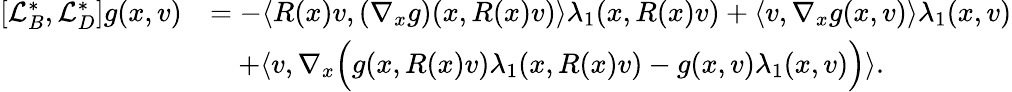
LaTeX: \begin{array}{rl}{[\mathcal{L}_{B}^{*},\mathcal{L}_{D}^{*}]g(x,v)}&{=-\langle R(x)v,(\nabla_{x}g)(x,R(x)v)\rangle\lambda_{1}(x,R(x)v)+\langle v,\nabla_{x}g(x,v)\rangle\lambda_{1}(x,v)}\\ &{\quad+\langle v,\nabla_{x}\Big(g(x,R(x)v)\lambda_{1}(x,R(x)v)-g(x,v)\lambda_{1}(x,v)\Big)\rangle.}\end{array}